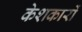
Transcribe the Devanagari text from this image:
केशकारों